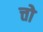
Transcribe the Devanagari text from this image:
त्तो